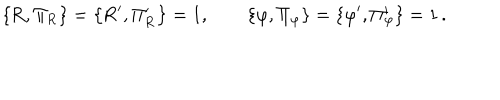
\mathrm { \left\{ R , \Pi _ { R } \right\} = \left\{ R ^ { \prime } , \Pi _ { R } ^ { \prime } \right\} = 1 , \qquad \left\{ \ v a r p h i , \Pi _ { \ v a r p h i } \right\} = \left\{ \ v a r p h i ^ { \prime } , \Pi _ { \ v a r p h i } ^ { \prime } \right\} = 1 \, . }